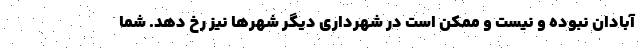
آبادان نبوده و نیست و ممکن است در شهرداری دیگر شهرها نیز رخ دهد. شما